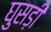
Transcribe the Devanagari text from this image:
घुसड़ी